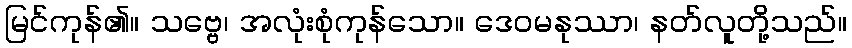
မြင်ကုန်၏။ သဗ္ဗေ၊ အလုံးစုံကုန်သော။ ဒေဝမနုဿာ၊ နတ်လူတို့သည်။